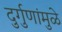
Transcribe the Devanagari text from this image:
दुर्गुणांमुळे